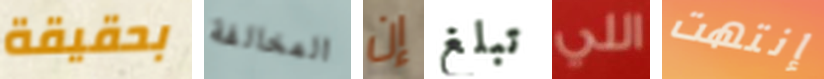
بحقيقة المخالفة إن تبلغ اللي إنتهت